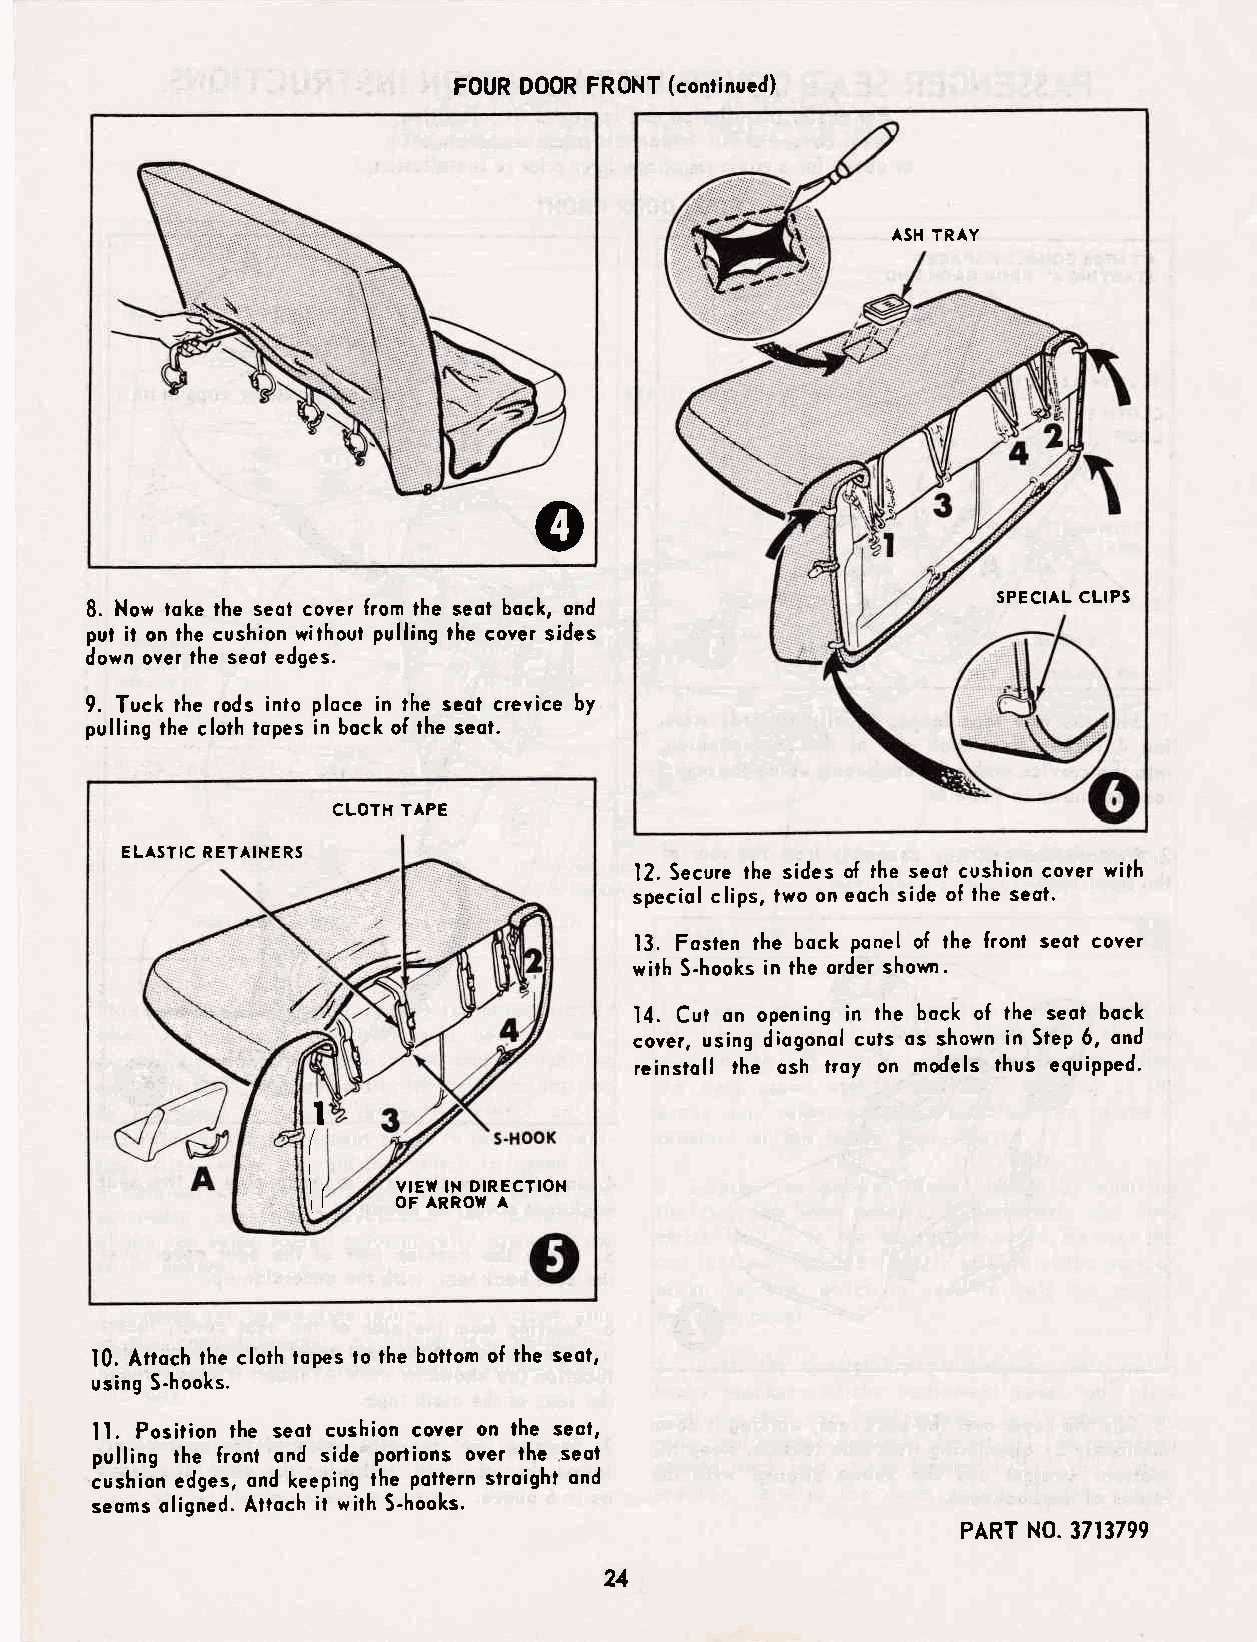
FOUR D00R FRONT (continucd)
 ASH TRAY
 o
 SPECIAL CLIPS
 8. Now toke the seot cover from the seol bock, ond
 put it on the cushion without pulling the cover sides
 down over lhe seot edges.
 9. Tuck the rods into ploce in the seol crevice by
 pulling the cloth topes in bock of lhe seot.
 CLOTH TAPE
 ELASTIC RETAINERS
 12. Secure the sides of the seot cushion cover wilh
 speciol clips, lwo on eoch side of the seot.
 13. Fosten the bock ponel of lhe front seot covel
 with S-hooks in the order shortn.
 14. Cur on opening in the bock of the seol bock
 cover, using diogonol culs os shown in Step 6, ond
 reinstoll the osh troy on models thus equipped'
 I
 VIEW IN DIRECTION
 OF ARROW A
 10. Attoch the cloth topes to lhe bottom of the seol,
 using S-hooks.
 ll. Posilion the seot cushion cover on lhe seol,
 pulling the fronl ond side porlions over the seol
 cushion edges, ond keeping the pottern stroight ond
 seoms oligned. Attoch it with S-hooks.
 PART N0. 3713799
 21